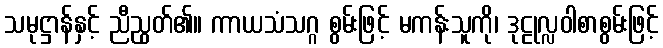
သမုဋ္ဌာန်နှင့် ညီညွတ်၏။ ကာယသံသဂ္ဂ စွမ်းဖြင့် မကန်းသူကို၊ ဒုဠုလ္လဝါစာစွမ်းဖြင့်